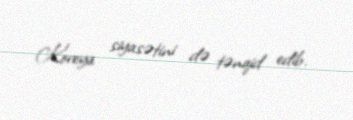
Koreya siyasətini də tənqid edib.